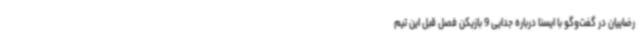
رضاییان در گفت‌وگو با ایسنا درباره جدایی 9 بازیکن فصل قبل این تیم